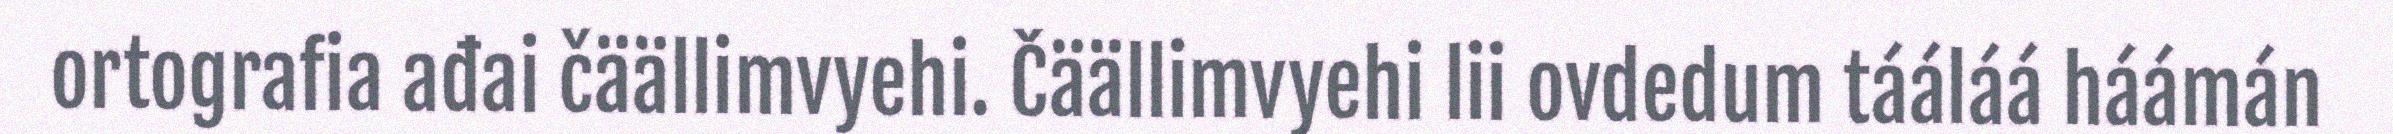
ortografia ađai čäällimvyehi. Čäällimvyehi lii ovdedum tááláá háámán